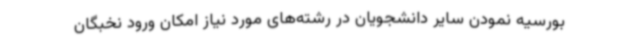
بورسیه نمودن سایر دانشجویان در رشته‌های مورد نیاز امکان ورود نخبگان